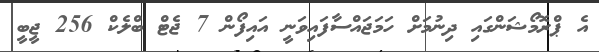
އެ ޕްރޮމޯޝަންގައި ދިނުމަށް ހަމަޖައްސާފައިވަނީ އައިފޯން 7 ޖެޓް ބްލެކް 256 ޖީބީ